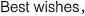
Best wishes,